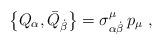
LaTeX: \begin{align*}\left\{ Q_\alpha ,\bar{Q}_{\dot{\beta}}\right\} =\sigma _{\alpha \dot{\beta}}^\mu \,p_\mu \,\,,\end{align*}